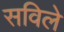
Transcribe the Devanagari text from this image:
सविले